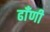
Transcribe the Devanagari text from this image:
ढाँणी